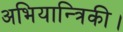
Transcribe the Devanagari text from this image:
अभियान्त्रिकी।